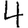
Digit: 4